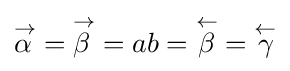
{\overset {\scriptstyle {\rightarrow }}{\alpha \,}}={\overset {\scriptstyle {\rightarrow }}{\beta \,}}=ab={\overset {\scriptstyle {\leftarrow }}{\beta }}={\overset {\scriptstyle {\leftarrow }}{\gamma }}